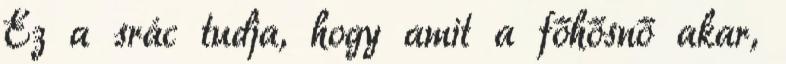
Ez a srác tudja, hogy amit a főhősnő akar,